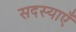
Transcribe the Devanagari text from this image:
सदस्याएँ